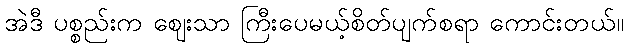
အဲဒီ ပစ္စည်းက ဈေးသာ ကြီးပေမယ့်စိတ်ပျက်စရာ ကောင်းတယ်။